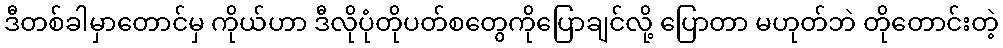
ဒီတစ်ခါမှာတောင်မှ ကိုယ်ဟာ ဒီလိုပုံတိုပတ်စတွေကိုပြောချင်လို့ ပြောတာ မဟုတ်ဘဲ တိုတောင်းတဲ့